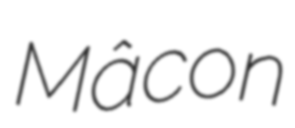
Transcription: Mâcon